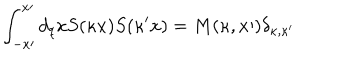
LaTeX: \int _ { - x \prime } ^ { x \prime } d _ { q } x S ( \kappa x ) S ( \kappa ^ { \prime } x ) = M ( \kappa , x \prime ) \delta _ { \kappa , \kappa ^ { \prime } }